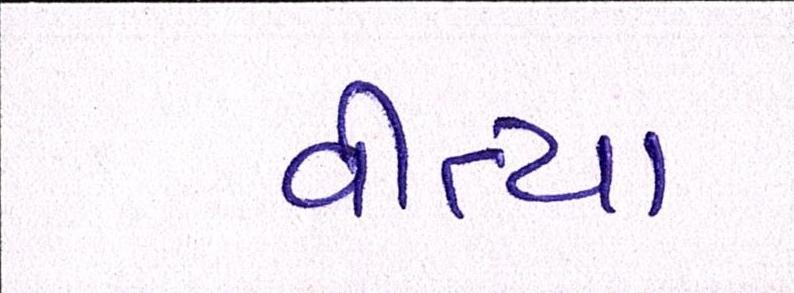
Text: વીત્યા